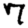
Digit: 7